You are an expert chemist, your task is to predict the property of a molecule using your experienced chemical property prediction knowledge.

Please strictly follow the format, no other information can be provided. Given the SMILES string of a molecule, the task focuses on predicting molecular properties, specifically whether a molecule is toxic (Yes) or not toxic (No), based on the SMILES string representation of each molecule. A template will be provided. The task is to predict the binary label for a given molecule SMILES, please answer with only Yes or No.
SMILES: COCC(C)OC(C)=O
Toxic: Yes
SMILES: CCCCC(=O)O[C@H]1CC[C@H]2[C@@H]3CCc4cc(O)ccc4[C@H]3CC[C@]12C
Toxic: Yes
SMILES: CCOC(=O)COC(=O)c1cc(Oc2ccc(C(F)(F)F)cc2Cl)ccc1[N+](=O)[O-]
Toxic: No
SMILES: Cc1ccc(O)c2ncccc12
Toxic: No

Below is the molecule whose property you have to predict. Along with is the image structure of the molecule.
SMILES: C=CC(C)(C)CC(=O)OC
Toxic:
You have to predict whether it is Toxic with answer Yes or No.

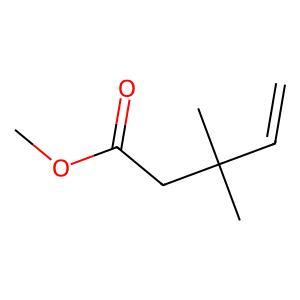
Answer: No